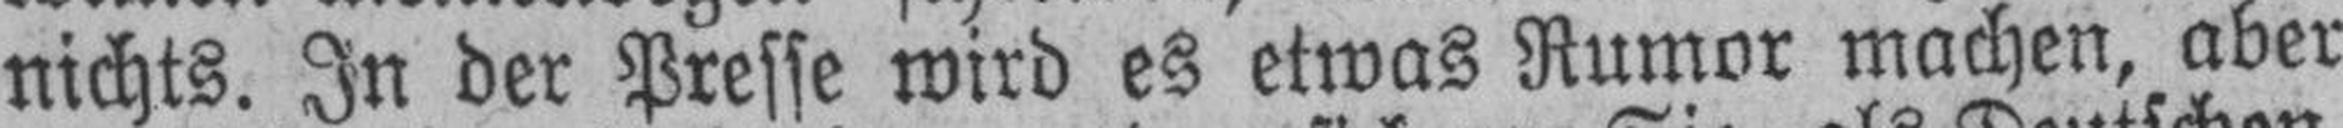
nichts. In der Presse wird es etwas Rumor machen, aber